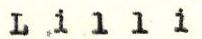
Lilli